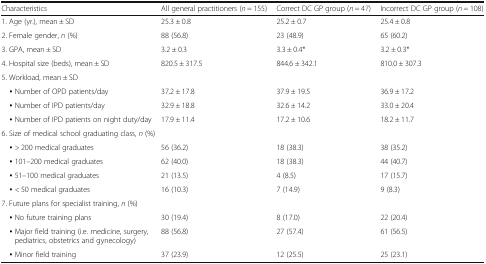
<table><thead><tr><td><b>Characteristics</b></td><td><b>All general practitioners (<i>n</i> = 155)</b></td><td><b>Correct DC GP group (<i>n</i> = 47)</b></td><td><b>Incorrect DC GP group (<i>n</i> = 108)</b></td></tr></thead><tbody><tr><td>1. Age (yr.), mean ± SD</td><td>25.3 ± 0.8</td><td>25.2 ± 0.7</td><td>25.4 ± 0.8</td></tr><tr><td>2. Female gender, <i>n</i> (%)</td><td>88 (56.8)</td><td>23 (48.9)</td><td>65 (60.2)</td></tr><tr><td>3. GPA, mean ± SD</td><td>3.2 ± 0.3</td><td>3.3 ± 0.4*</td><td>3.2 ± 0.3*</td></tr><tr><td>4. Hospital size (beds), mean ± SD</td><td>820.5 ± 317.5</td><td>844.6 ± 342.1</td><td>810.0 ± 307.3</td></tr><tr><td colspan="4">5. Workload, mean ± SD</td></tr><tr><td> ▪ Number of OPD patients/day</td><td>37.2 ± 17.8</td><td>37.9 ± 19.5</td><td>36.9 ± 17.2</td></tr><tr><td> ▪ Number of IPD patients/day</td><td>32.9 ± 18.8</td><td>32.6 ± 14.2</td><td>33.0 ± 20.4</td></tr><tr><td> ▪ Number of IPD patients on night duty/day</td><td>17.9 ± 11.4</td><td>17.2 ± 10.6</td><td>18.2 ± 11.7</td></tr><tr><td colspan="4">6. Size of medical school graduating class, <i>n</i> (%)</td></tr><tr><td> ▪ &gt; 200 medical graduates</td><td>56 (36.2)</td><td>18 (38.3)</td><td>38 (35.2)</td></tr><tr><td> ▪ 101–200 medical graduates</td><td>62 (40.0)</td><td>18 (38.3)</td><td>44 (40.7)</td></tr><tr><td> ▪ 51–100 medical graduates</td><td>21 (13.5)</td><td>4 (8.5)</td><td>17 (15.7)</td></tr><tr><td> ▪ &lt; 50 medical graduates</td><td>16 (10.3)</td><td>7 (14.9)</td><td>9 (8.3)</td></tr><tr><td colspan="4">7. Future plans for specialist training, <i>n</i> (%)</td></tr><tr><td> ▪ No future training plans</td><td>30 (19.4)</td><td>8 (17.0)</td><td>22 (20.4)</td></tr><tr><td> ▪ Major field training (i.e. medicine, surgery, pediatrics, obstetrics and gynecology)</td><td>88 (56.8)</td><td>27 (57.4)</td><td>61 (56.5)</td></tr><tr><td> ▪ Minor field training</td><td>37 (23.9)</td><td>12 (25.5)</td><td>25 (23.1)</td></tr></tbody></table>